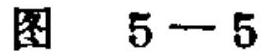
图 \(5 - 5\)